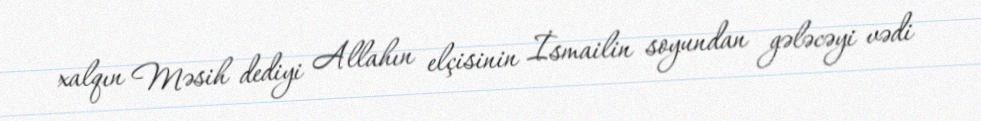
xalqın Məsih dediyi Allahın elçisinin İsmailin soyundan gələcəyi vədi